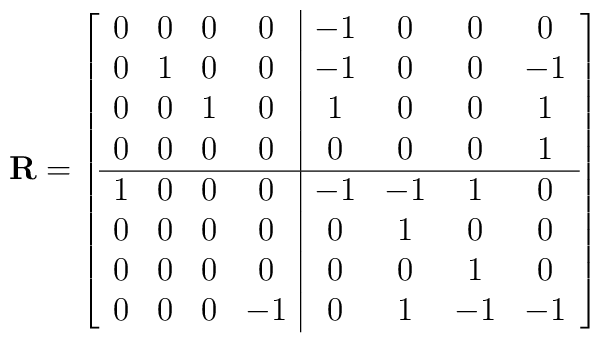
\mathbf{R}=\left[\begin{array}{cccc|cccc} 0& 0& 0& 0&-1& 0& 0& 0\\ 0& 1& 0& 0&-1& 0& 0&-1\\ 0& 0& 1& 0& 1& 0& 0& 1\\ 0& 0& 0& 0& 0& 0& 0& 1\\ \hline 1& 0& 0& 0&-1&-1& 1& 0\\ 0& 0& 0& 0& 0& 1& 0& 0\\ 0& 0& 0& 0& 0& 0& 1& 0\\ 0& 0& 0&-1& 0& 1&-1&-1\end{array}\right]